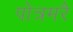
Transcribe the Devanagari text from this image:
पोत्रमरै